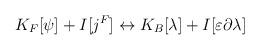
LaTeX: \begin{align*}K_{F}[\psi ]+I[j^{F}]\leftrightarrow K_{B}[\lambda ]+I[\varepsilon \partial\lambda ] \end{align*}